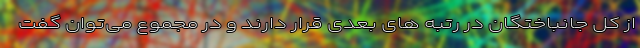
از کل جانباختگان در رتبه های بعدی قرار دارند و در مجموع می‌توان گفت